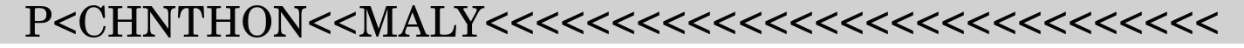
P<CHNTHON<<MALY<<<<<<<<<<<<<<<<<<<<<<<<<<<<<